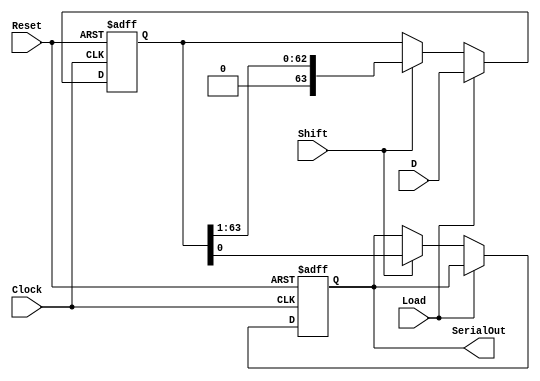
module PISO_Register (
    input wire [63:0] D,      // 64-bit parallel input data
    input wire Load,          // Load control signal
    input wire Shift,         // Shift control signal
    input wire Clock,         // Clock signal
    input wire Reset,         // Asynchronous reset signal
    output reg SerialOut      // Serial output
);

    reg [63:0] shift_reg;     // 64-bit shift register

    always @(posedge Clock or posedge Reset) begin
        if (Reset) begin
            // Asynchronous reset: clear the shift register and output
            shift_reg <= 64'b0;
            SerialOut <= 1'b0;
        end else begin
            if (Load) begin
                // Load the data into the shift register
                shift_reg <= D;
            end else if (Shift) begin
                // Shift the data out serially
                SerialOut <= shift_reg[0]; // Output the LSB
                shift_reg <= {1'b0, shift_reg[63:1]}; // Shift left
            end
        end
    end

endmodule